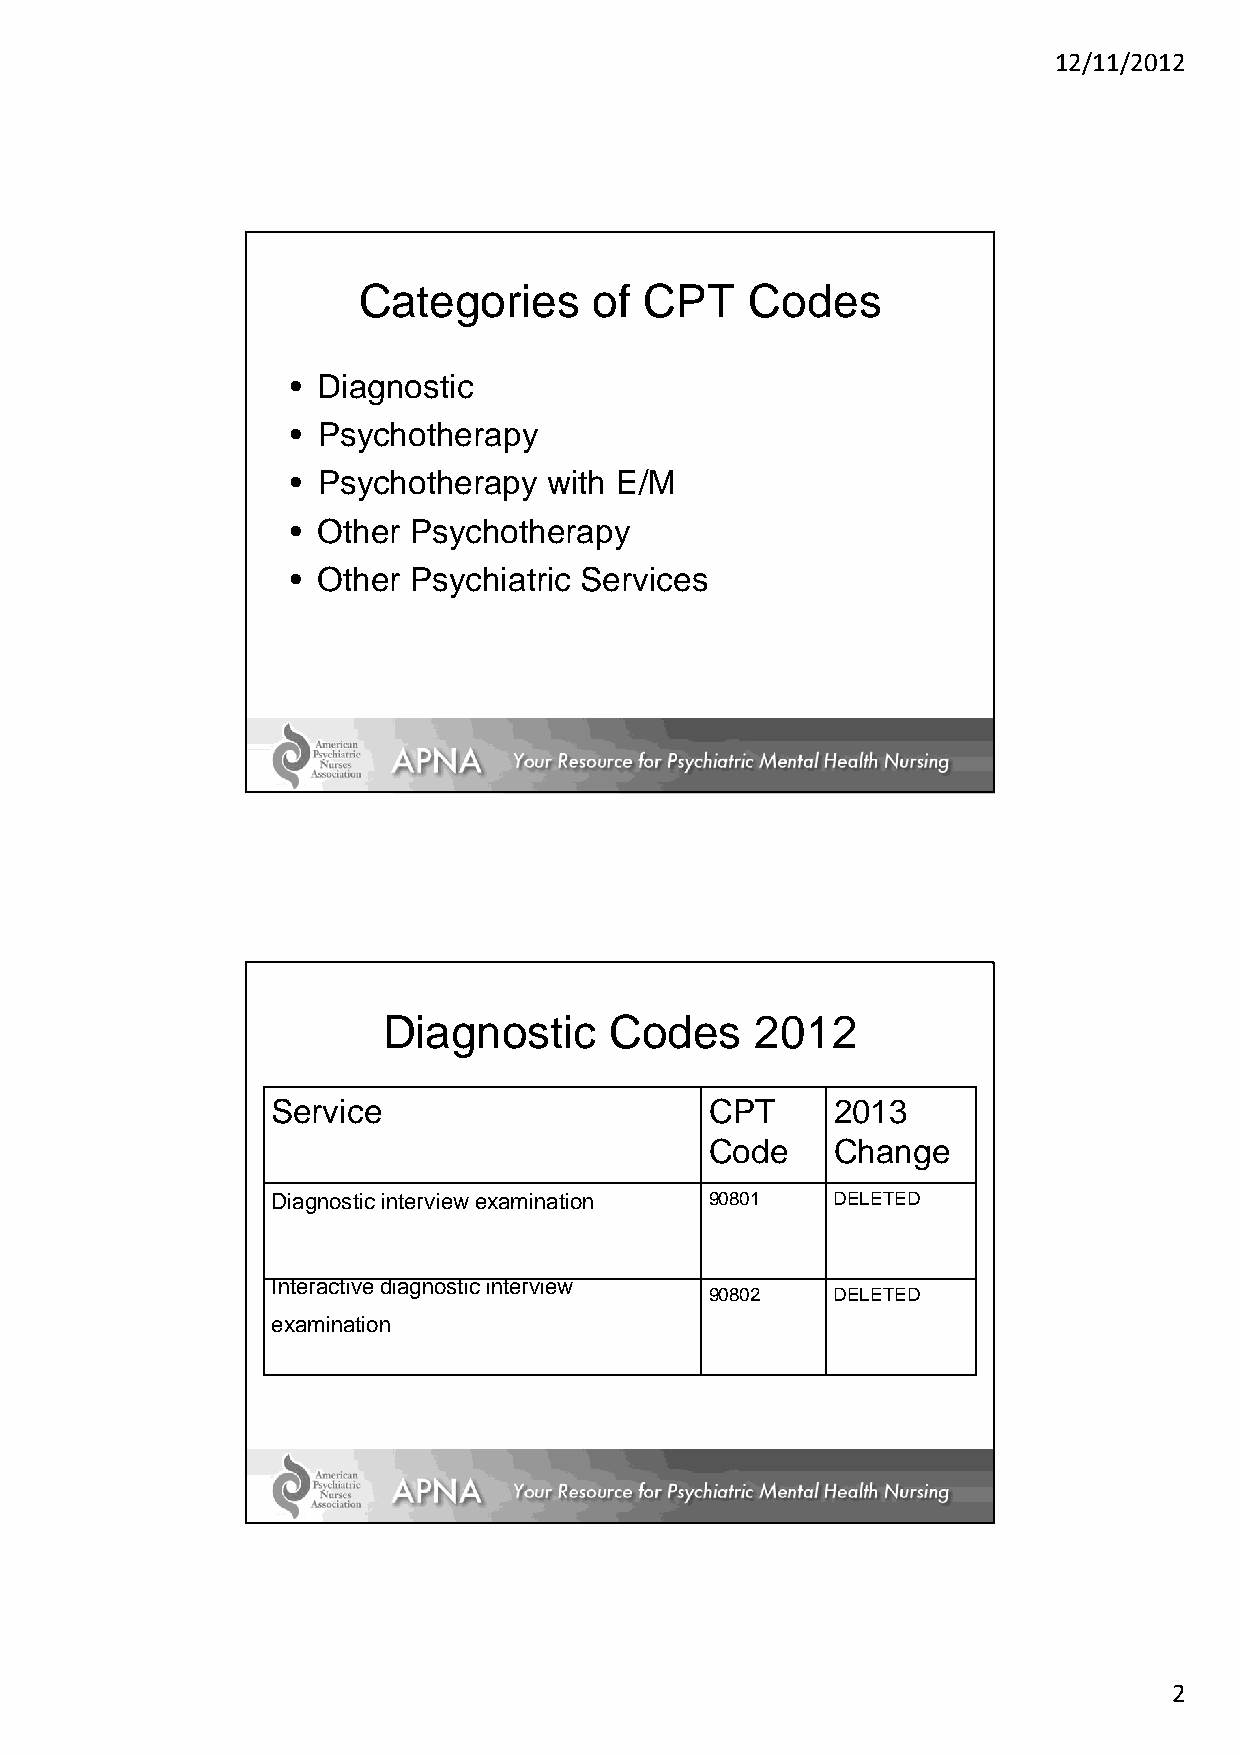
12/11/2012
 Categories     of  CPT    Codes
 • Diagnostic
 • Psychotherapy
 • Psychotherapy  with E/M
 • Other Psychotherapy
 • Other Psychiatric Services
 Diagnostic     Codes     2012
 Service                      CPT     2013
 Code    Change
 Diagnostic interview examination 90801 DELETED
 Interactive diagnostic interview
 90802   DELETED
 examination
 2